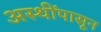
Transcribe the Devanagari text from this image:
अस्थींपासून